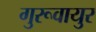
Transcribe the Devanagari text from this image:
गुरूवायुर